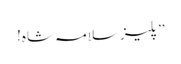
’’پلیز سلامہ شاہ!